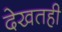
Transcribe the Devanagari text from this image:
देखतही